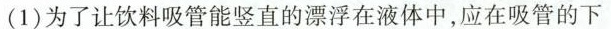
(1) 为了让饮料吸管能竖直的漂浮在液体中，应在吸管的下